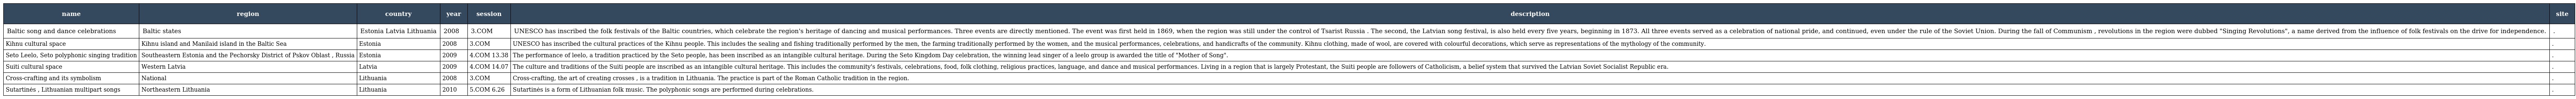
| name | region | country | year | session | description | site |
 | --- | --- | --- | --- | --- | --- | --- |
 | Baltic song and dance celebrations | Baltic states | Estonia Latvia Lithuania | 2008 | 3.COM | UNESCO has inscribed the folk festivals of the Baltic countries, which celebrate the region's heritage of dancing and musical performances. Three events are directly mentioned. The event was first held in 1869, when the region was still under the control of Tsarist Russia . The second, the Latvian song festival, is also held every five years, beginning in 1873. All three events served as a celebration of national pride, and continued, even under the rule of the Soviet Union. During the fall of Communism , revolutions in the region were dubbed "Singing Revolutions", a name derived from the influence of folk festivals on the drive for independence. | . |
 | Kihnu cultural space | Kihnu island and Manilaid island in the Baltic Sea | Estonia | 2008 | 3.COM | UNESCO has inscribed the cultural practices of the Kihnu people. This includes the sealing and fishing traditionally performed by the men, the farming traditionally performed by the women, and the musical performances, celebrations, and handicrafts of the community. Kihnu clothing, made of wool, are covered with colourful decorations, which serve as representations of the mythology of the community. | . |
 | Seto Leelo, Seto polyphonic singing tradition | Southeastern Estonia and the Pechorsky District of Pskov Oblast , Russia | Estonia | 2009 | 4.COM 13.38 | The performance of leelo, a tradition practiced by the Seto people, has been inscribed as an intangible cultural heritage. During the Seto Kingdom Day celebration, the winning lead singer of a leelo group is awarded the title of "Mother of Song". | . |
 | Suiti cultural space | Western Latvia | Latvia | 2009 | 4.COM 14.07 | The culture and traditions of the Suiti people are inscribed as an intangible cultural heritage. This includes the community's festivals, celebrations, food, folk clothing, religious practices, language, and dance and musical performances. Living in a region that is largely Protestant, the Suiti people are followers of Catholicism, a belief system that survived the Latvian Soviet Socialist Republic era. | . |
 | Cross-crafting and its symbolism | National | Lithuania | 2008 | 3.COM | Cross-crafting, the art of creating crosses , is a tradition in Lithuania. The practice is part of the Roman Catholic tradition in the region. | . |
 | Sutartinės , Lithuanian multipart songs | Northeastern Lithuania | Lithuania | 2010 | 5.COM 6.26 | Sutartinės is a form of Lithuanian folk music. The polyphonic songs are performed during celebrations. | . |